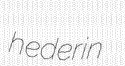
hederin